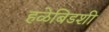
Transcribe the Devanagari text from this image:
हळेबिडशी